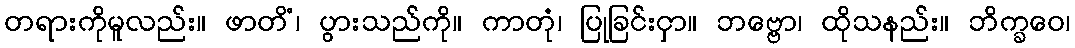
တရားကိုမူလည်း။ ဖာတိံ၊ ပွားသည်ကို။ ကာတုံ၊ ပြုခြင်းငှာ။ ဘဗ္ဗော၊ ထိုသနည်း။ ဘိက္ခဝေ၊